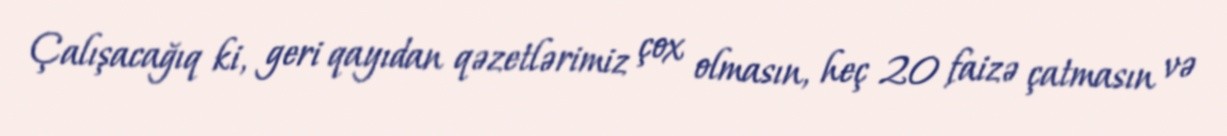
Çalışacağıq ki, geri qayıdan qəzetlərimiz çox olmasın, heç 20 faizə çatmasın və